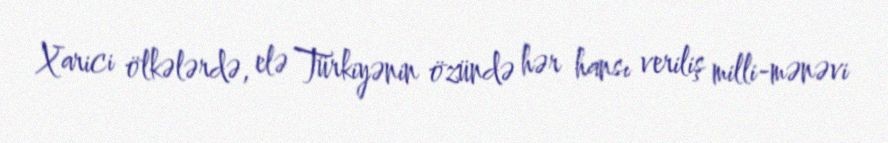
Xarici ölkələrdə, elə Türkiyənin özündə hər hansı veriliş milli-mənəvi